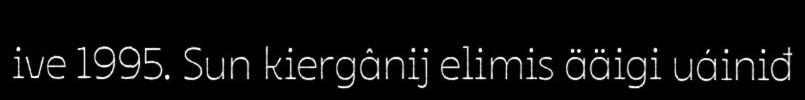
ive 1995. Sun kiergânij elimis ääigi uáiniđ